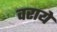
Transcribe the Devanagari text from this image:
वराये